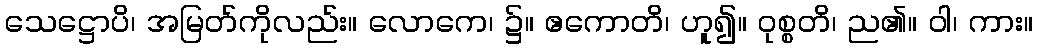
သေဋ္ဌောပိ၊ အမြတ်ကိုလည်း။ လောကေ၊ ၌။ ဧကောတိ၊ ဟူ၍။ ဝုစ္စတိ၊ ည၏။ ဝါ၊ ကား။